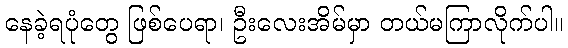
နေခဲ့ရပုံတွေ ဖြစ်ပေရာ၊ ဦးလေးအိမ်မှာ တယ်မကြာလိုက်ပါ။